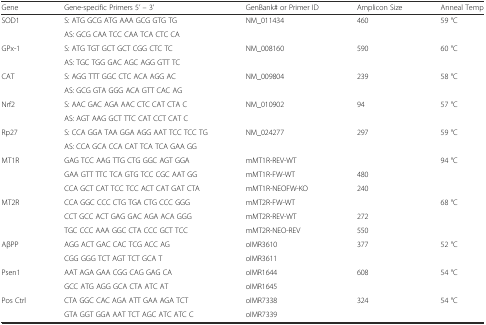
| Gene | Gene-specific Primers 5’ – 3’ | GenBank# or Primer ID | Amplicon Size | Anneal Temp |
 | --- | --- | --- | --- | --- |
 | SOD1 | S: ATG GCG ATG AAA GCG GTG TG | NM_011434 | 460 | 59 °C |
 |  | AS: GCG CAA TCC CAA TCA CTC CA |  |  |  |
 | GPx-1 | S: ATG TGT GCT GCT CGG CTC TC | NM_008160 | 590 | 60 °C |
 |  | AS: TGC TGG GAC AGC AGG GTT TC |  |  |  |
 | CAT | S: AGG TTT GGC CTC ACA AGG AC | NM_009804 | 239 | 58 °C |
 |  | AS: GCG GTA GGG ACA GTT CAC AG |  |  |  |
 | Nrf2 | S: AAC GAC AGA AAC CTC CAT CTA C | NM_010902 | 94 | 57 °C |
 |  | AS: AGT AAG GCT TTC CAT CCT CAT C |  |  |  |
 | Rp27 | S: CCA GGA TAA GGA AGG AAT TCC TCC TG | NM_024277 | 297 | 59 °C |
 |  | AS: CCA GCA CCA CAT TCA TCA GAA GG |  |  |  |
 | MT1R | GAG TCC AAG TTG CTG GGC AGT GGA | mMT1R-REV-WT |  | 94 °C |
 |  | GAA GTT TTC TCA GTG TCC CGC AAT GG | mMT1R-FW-WT | 480 |  |
 |  | CCA GCT CAT TCC TCC ACT CAT GAT CTA | mMT1R-NEOFW-KO | 240 |  |
 | MT2R | CCA GGC CCC CTG TGA CTG CCC GGG | mMT2R-FW-WT |  | 68 °C |
 |  | CCT GCC ACT GAG GAC AGA ACA GGG | mMT2R-REV-WT | 272 |  |
 |  | TGC CCC AAA GGC CTA CCC GCT TCC | mMT2R-NEO-REV | 550 |  |
 | AβPP | AGG ACT GAC CAC TCG ACC AG | oIMR3610 | 377 | 52 °C |
 |  | CGG GGG TCT AGT TCT GCA T | oIMR3611 |  |  |
 | Psen1 | AAT AGA GAA CGG CAG GAG CA | oIMR1644 | 608 | 54 °C |
 |  | GCC ATG AGG GCA CTA ATC AT | oIMR1645 |  |  |
 | Pos Ctrl | CTA GGC CAC AGA ATT GAA AGA TCT | oIMR7338 | 324 | 54 °C |
 |  | GTA GGT GGA AAT TCT AGC ATC ATC C | oIMR7339 |  |  |